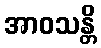
အာဝသန္တိ